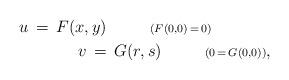
LaTeX: \begin{align*}u\,=\,F(x,y)\ \ \ \ \ \ \ \ {\scriptstyle{(F(0,0)\,=\,0)}}\ \ \ \ \ \ \ \ \ \ \ \\ \ \ \ \ \ \ \ \ \ \ \ v\,=\,G(r,s)\ \ \ \ \ \ \ \ {\scriptstyle{(0\,=\,G(0,0))}},\end{align*}